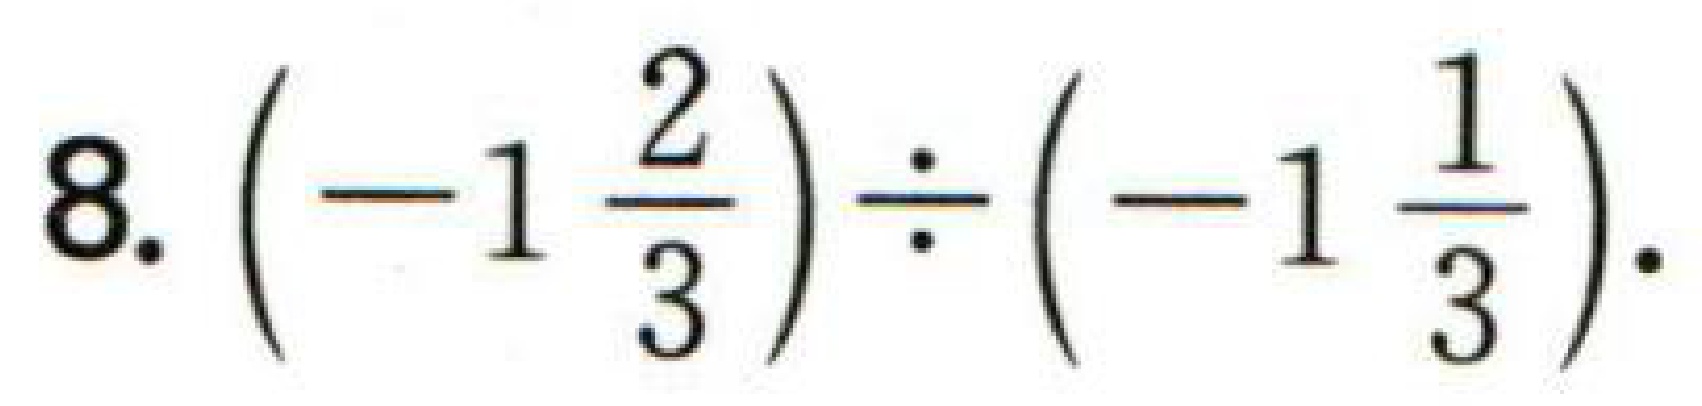
$8.\left(-1\frac{2}{3}\right)\div\left(-1\frac{1}{3}\right).$